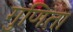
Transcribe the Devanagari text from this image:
गुणिता